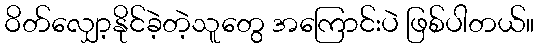
ဝိတ်လျှော့နိုင်ခဲ့တဲ့သူတွေ အကြောင်းပဲ ဖြစ်ပါတယ်။